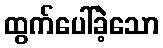
ထွက်ပေါ်ခဲ့သော